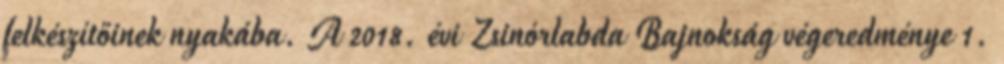
felkészítőinek nyakába. A 2018. évi Zsinórlabda Bajnokság végeredménye 1.